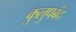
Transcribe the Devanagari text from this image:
कुलुपबंद